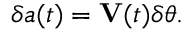
\delta \boldsymbol { a } ( t ) = \mathbf { V } ( t ) \delta \boldsymbol { \theta } .